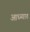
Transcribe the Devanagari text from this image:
आध्व्यात